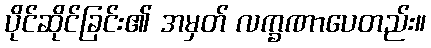
ပိုင်ဆိုင်ခြင်း၏ အမှတ် လက္ခဏာပေတည်း။